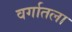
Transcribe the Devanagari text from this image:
वर्गातला